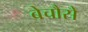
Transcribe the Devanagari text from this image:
बेचौसे